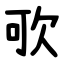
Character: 㰤